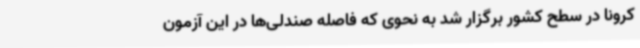
کرونا در سطح کشور برگزار شد به نحوی که فاصله صندلی‌ها در این آزمون